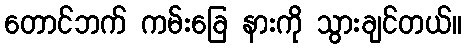
တောင်ဘက် ကမ်းခြေ နားကို သွားချင်တယ်။